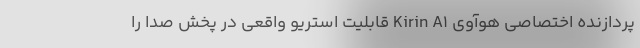
پردازنده اختصاصی هوآوی Kirin A1 قابلیت استریو واقعی در پخش صدا را